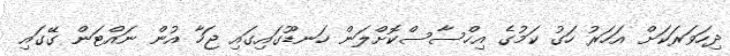
ދިހަވަރަކަށް އަހަރު ހަގު ކަމުގެ އިހްސާސްކޮށްލަން ހަނޑޫގައިގައި ޖަހާ އުން ނައްޓަން ގޭގައި